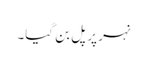
نہر پر پل بن گیا۔